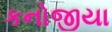
કનોજીયા